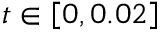
t \in \left[ 0 , 0 . 0 2 \right]